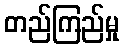
တည်ကြည်မှု